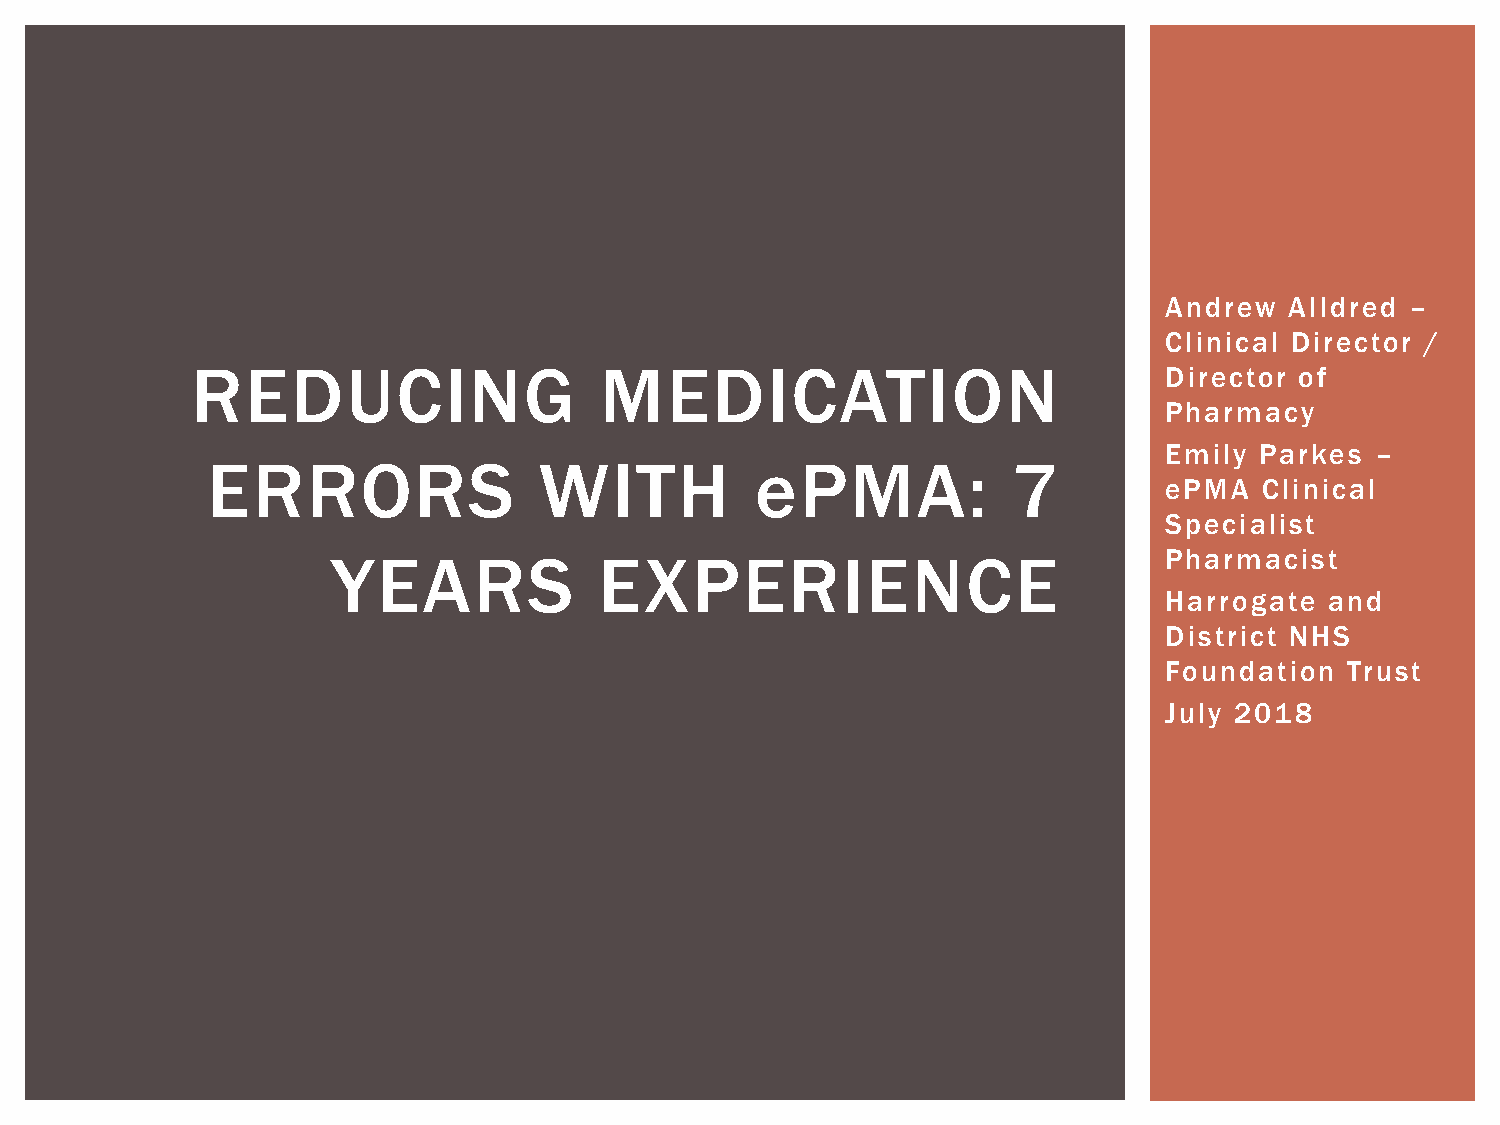
Andrew  Alldred –
 Clinical Director /
 REDUCING                   MEDICATION                           Director of
 Pharmacy
 Emily Parkes  –
 ERRORS                WITH          ePMA:            7
 ePMA   Clinical
 Specialist
 YEARS             EXPERIENCE                           Pharmacist
 Harrogate  and
 District NHS
 Foundation  Trust
 July 2018